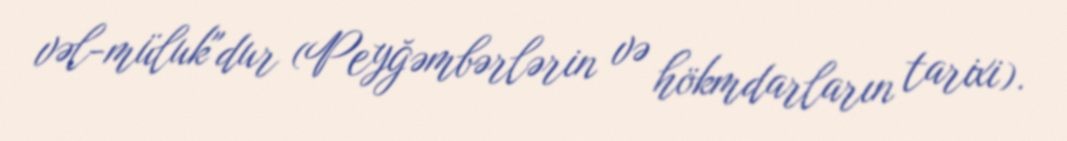
vəl-müluk"dur (Peyğəmbərlərin və hökmdarların tarixi).